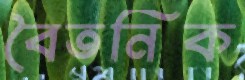
বৈতনিক